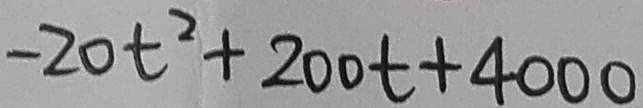
- 2 0 t ^ { 2 } + 2 0 0 t + 4 0 0 0